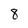
Character: 8